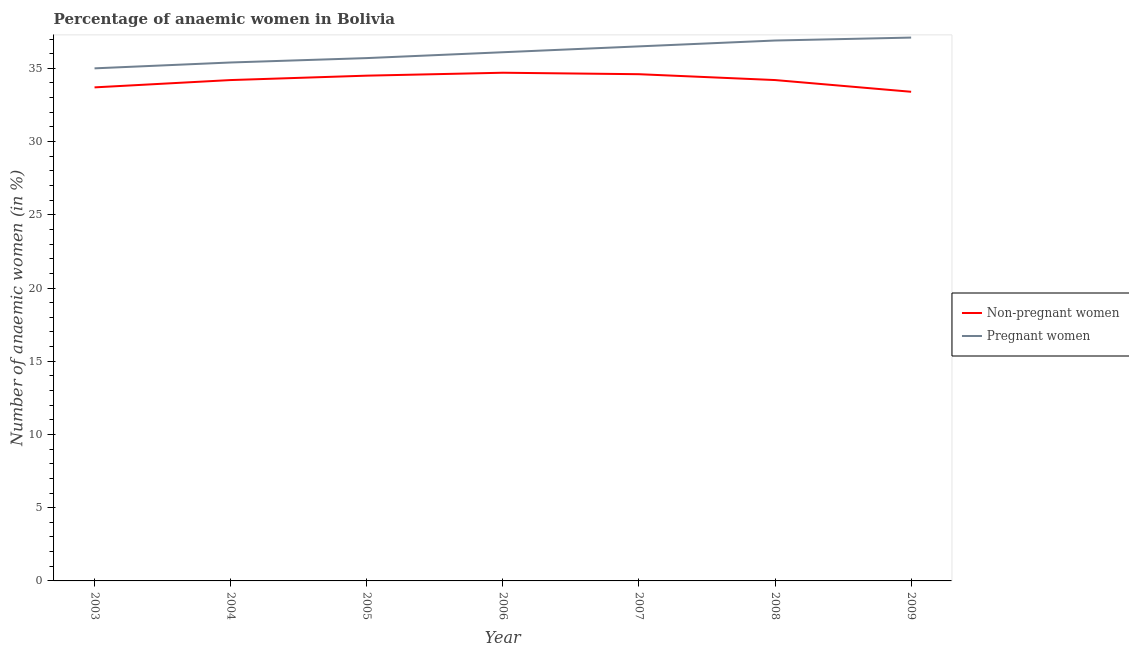
| Year | Non-pregnant women | Pregnant women |
 | --- | --- | --- |
 | 2003 | 33.7 | 35 |
 | 2004 | 34.2 | 35.4 |
 | 2005 | 34.5 | 35.7 |
 | 2006 | 34.7 | 36.1 |
 | 2007 | 34.6 | 36.5 |
 | 2008 | 34.2 | 36.9 |
 | 2009 | 33.4 | 37.1 |